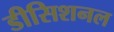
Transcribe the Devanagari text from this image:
डीसिशनल